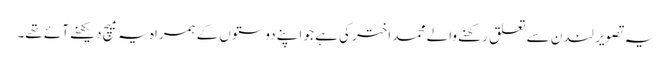
یہ تصویر لندن سے تعلق رکھنے والے محمد اختر کی ہے جو اپنے دوستوں کے ہمراہ یہ میچ دیکھنے آئے تھے۔